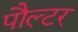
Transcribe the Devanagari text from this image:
पौल्टर